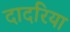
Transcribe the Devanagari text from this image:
दादरिया